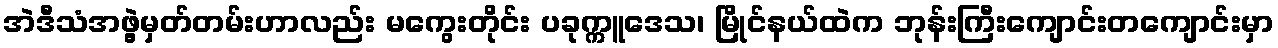
အဲဒီသံအဖွဲ့မှတ်တမ်းဟာလည်း မကွေးတိုင်း ပခုက္ကူဒေသ၊ မြိုင်နယ်ထဲက ဘုန်းကြီးကျောင်းတကျောင်းမှာ